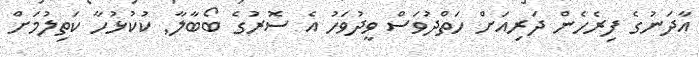
އާދަނުގެ ފިރެހެން ދަރިއަށް ހަތްދުވަސް ވީދުވަހު އެ ސޮރުގެ ބޯބާލާ